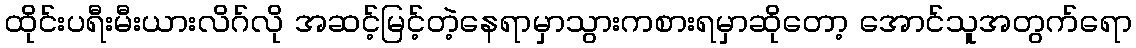
ထိုင်းပရီးမီးယားလိဂ်လို အဆင့်မြင့်တဲ့နေရာမှာသွားကစားရမှာဆိုတော့ အောင်သူအတွက်ရော